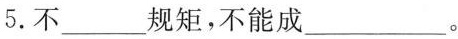
5.不___规矩，不能成___。